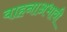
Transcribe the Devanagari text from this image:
वाहनाअभावी